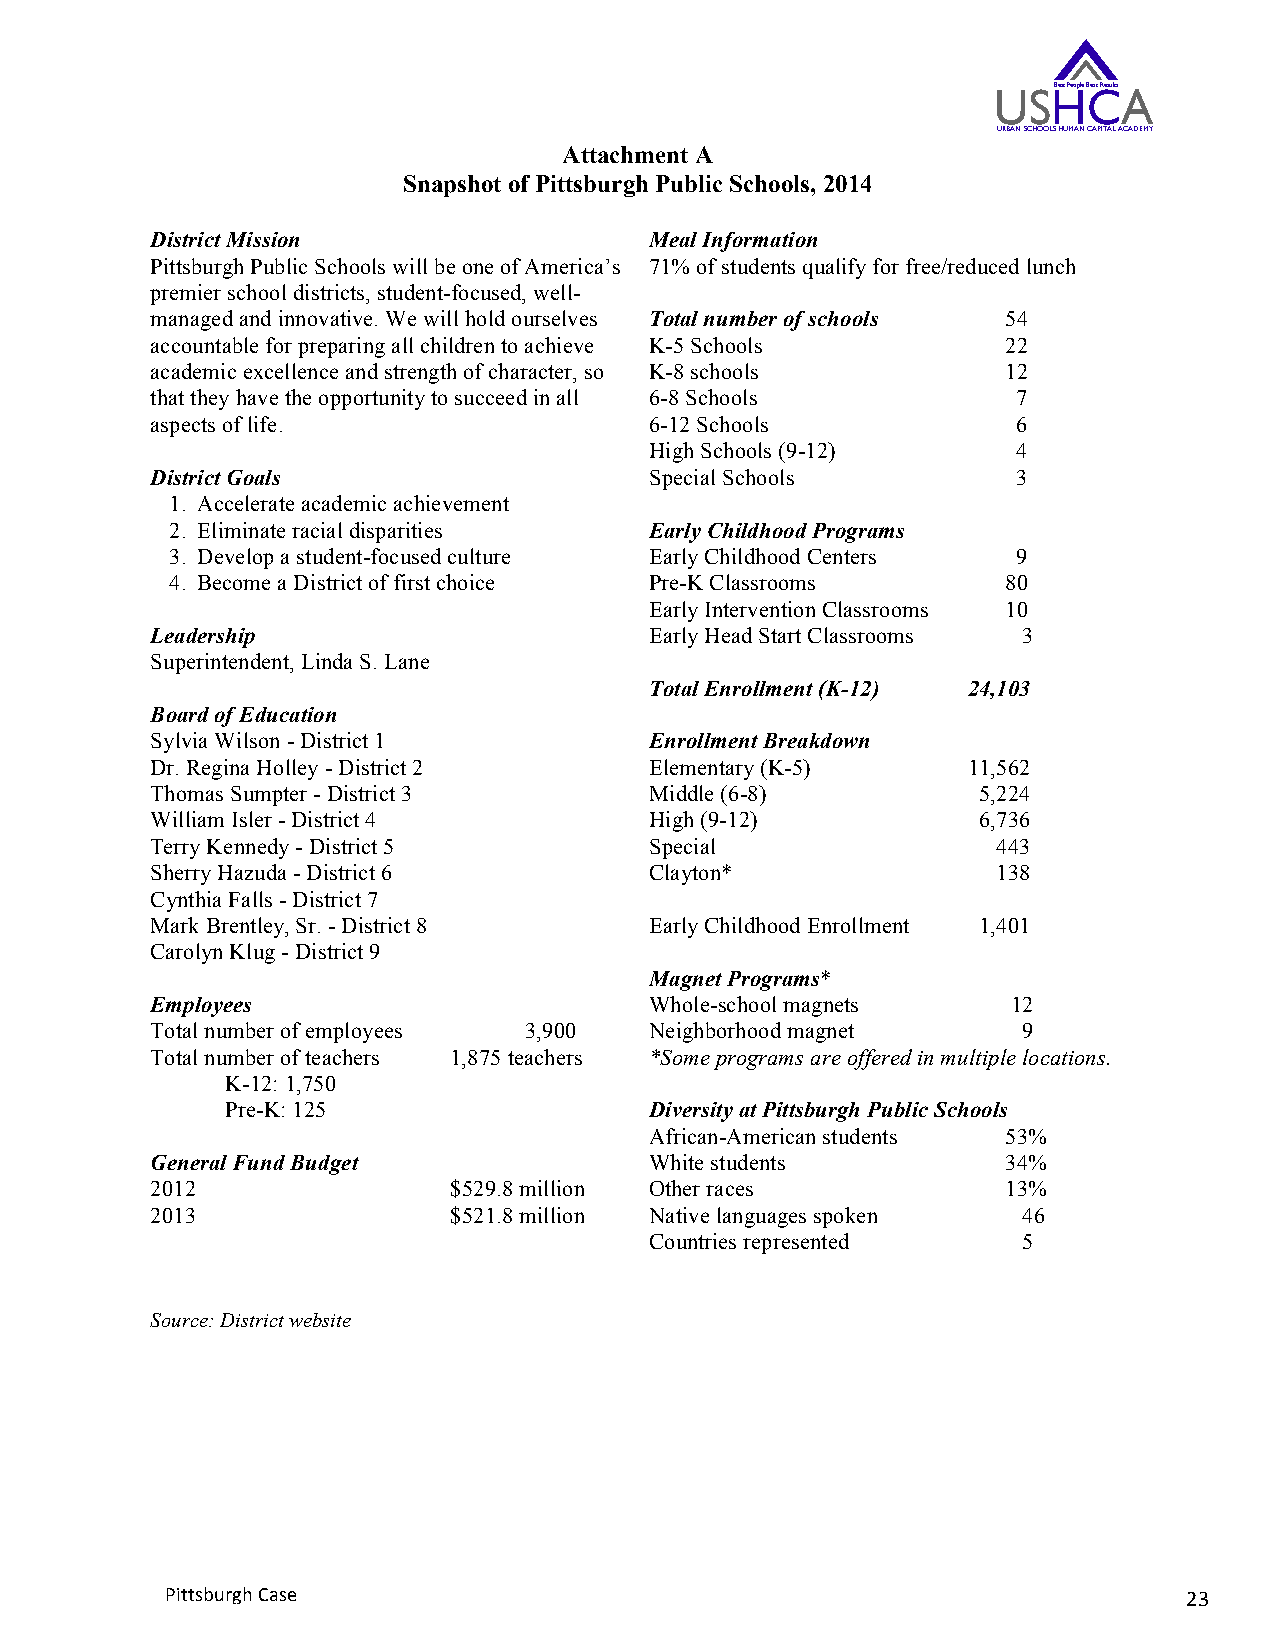
USHBest People CBest ResultsA
 URBAN SCHOOLS HUMAN CAPITAL ACADEMY
 Attachment A
 Snapshot of Pittsburgh Public Schools, 2014
 District Mission                 Meal Information
 Pittsburgh Public Schools will be one of America’s 71% of students qualify for free/reduced lunch
 premier school districts, student-focused, well-
 managed and innovative. We will hold ourselves Total number of schools 54
 accountable for preparing all children to achieve K-5 Schools 22
 academic excellence and strength of character, so K-8 schools 12
 that they have the opportunity to succeed in all 6-8 Schools 7
 aspects of life.                 6-12 Schools            6
 High Schools (9-12)     4
 District Goals                   Special Schools         3
 1. Accelerate academic achievement
 2. Eliminate racial disparities Early Childhood Programs
 3. Develop a student-focused culture Early Childhood Centers 9
 4. Become a District of first choice Pre-K Classrooms   80
 Early Intervention Classrooms 10
 Leadership                       Early Head Start Classrooms 3
 Superintendent, Linda S. Lane
 Total Enrollment (K-12) 24,103
 Board of Education
 Sylvia Wilson - District 1       Enrollment Breakdown
 Dr. Regina Holley - District 2   Elementary (K-5)     11,562
 Thomas Sumpter - District 3      Middle (6-8)          5,224
 William Isler - District 4       High (9-12)           6,736
 Terry Kennedy - District 5       Special                443
 Sherry Hazuda - District 6       Clayton*               138
 Cynthia Falls - District 7
 Mark Brentley, Sr. - District 8  Early Childhood Enrollment 1,401
 Carolyn Klug - District 9
 Magnet Programs*
 Employees                        Whole-school magnets    12
 Total number of employees 3,900  Neighborhood magnet      9
 Total number of teachers 1,875 teachers *Some programs are offered in multiple locations.
 K-12: 1,750
 Pre-K: 125                  Diversity at Pittsburgh Public Schools
 African-American students 53%
 General Fund Budget              White students          34%
 2012                $529.8 million Other races           13%
 2013                $521.8 million Native languages spoken 46
 Countries represented    5
 Source: District website
 Pittsburgh Case                                                     23